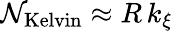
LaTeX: \mathcal{N}_{\mathrm{Kelvin}}\approx R\, k_{\xi}